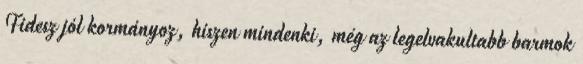
Fidesz jól kormányoz, hiszen mindenki, még az legelvakultabb barmok